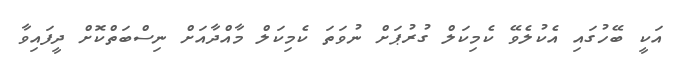
އަކީ ބޭހުގައި އެކުލެވޭ ކެމިކަލް ގުރުޕަށް ނުވަތަ ކެމިކަލް މާއްދާއަށް ނިސްބަތްކޮށް ދީފައިވާ